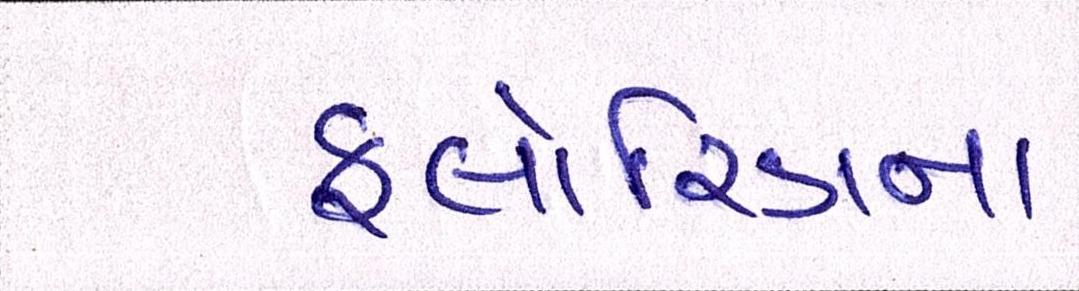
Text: ફ્લોરિડાના